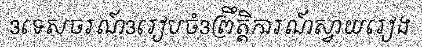
3ទេសចរណ៍3រៀបចំ3ព្រឹត្តិការណ៍ស្វាយរៀង